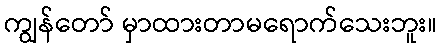
ကျွန်တော် မှာထားတာမရောက်သေးဘူး။